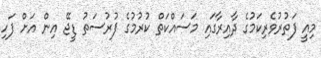
މިއީ ފަތުރުވެރިކަމުގެ ދާއިރާގައި މަސައްކަތް ކުރުމުގެ ފުރުސަތު ޑީޖޭ އިން އަށް ފަހި